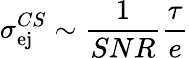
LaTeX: \sigma_{\mathrm{ej}}^{CS}\sim\frac{1}{SNR}\frac{\tau}{e}